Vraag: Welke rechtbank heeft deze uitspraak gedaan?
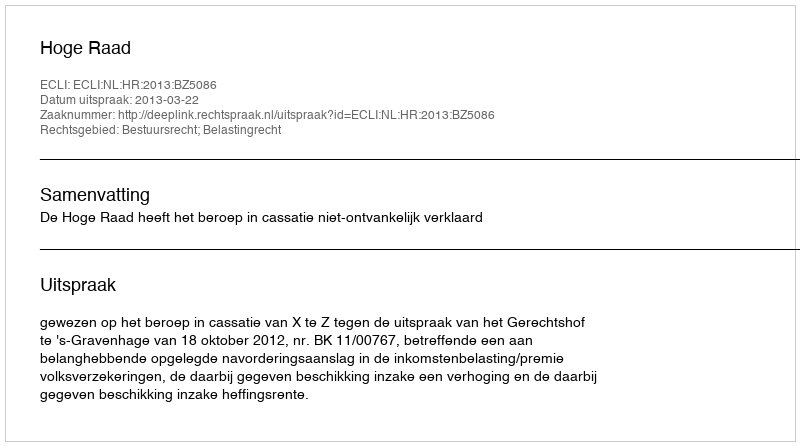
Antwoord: Hoge Raad